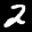
Label: 2